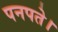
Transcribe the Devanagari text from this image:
पनपते।